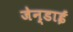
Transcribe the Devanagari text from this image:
जेन्‍डाई